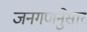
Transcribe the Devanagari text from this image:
जनगणनेुसार